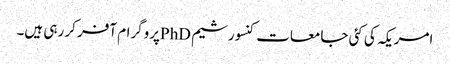
امریکہ کی کئی جامعات کنسورشیم PhDپروگرام آفر کر رہی ہیں۔